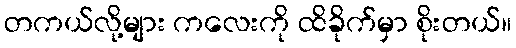
တကယ်လို့များ ကလေးကို ထိခိုက်မှာ စိုးတယ်။